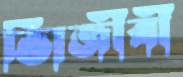
ভািজীবী